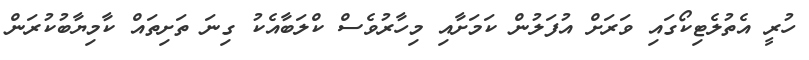
ހުރީ އެތުލެޓިކޯގައި ވަރަށް އުފަލުން ކަމަށާއި މިހާރުވެސް ކްލަބާއެކު ގިނަ ތަށިތައް ކާމިޔާބުކުރަން